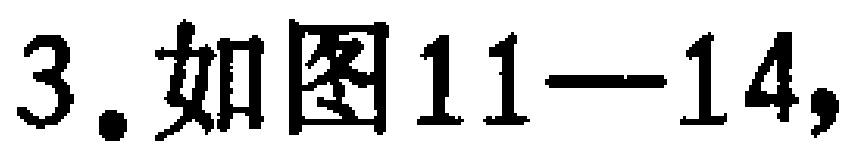
3. 如图11—14,